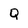
Character: Q